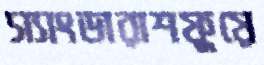
স্যাংডারাশফুয়ে